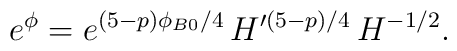
e^\phi = e^{(5 - p)\phi_{B0}/4} \,H'^{(5 - p)/4} \, H^{ - 1/2}.